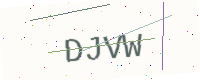
Text: DJVW